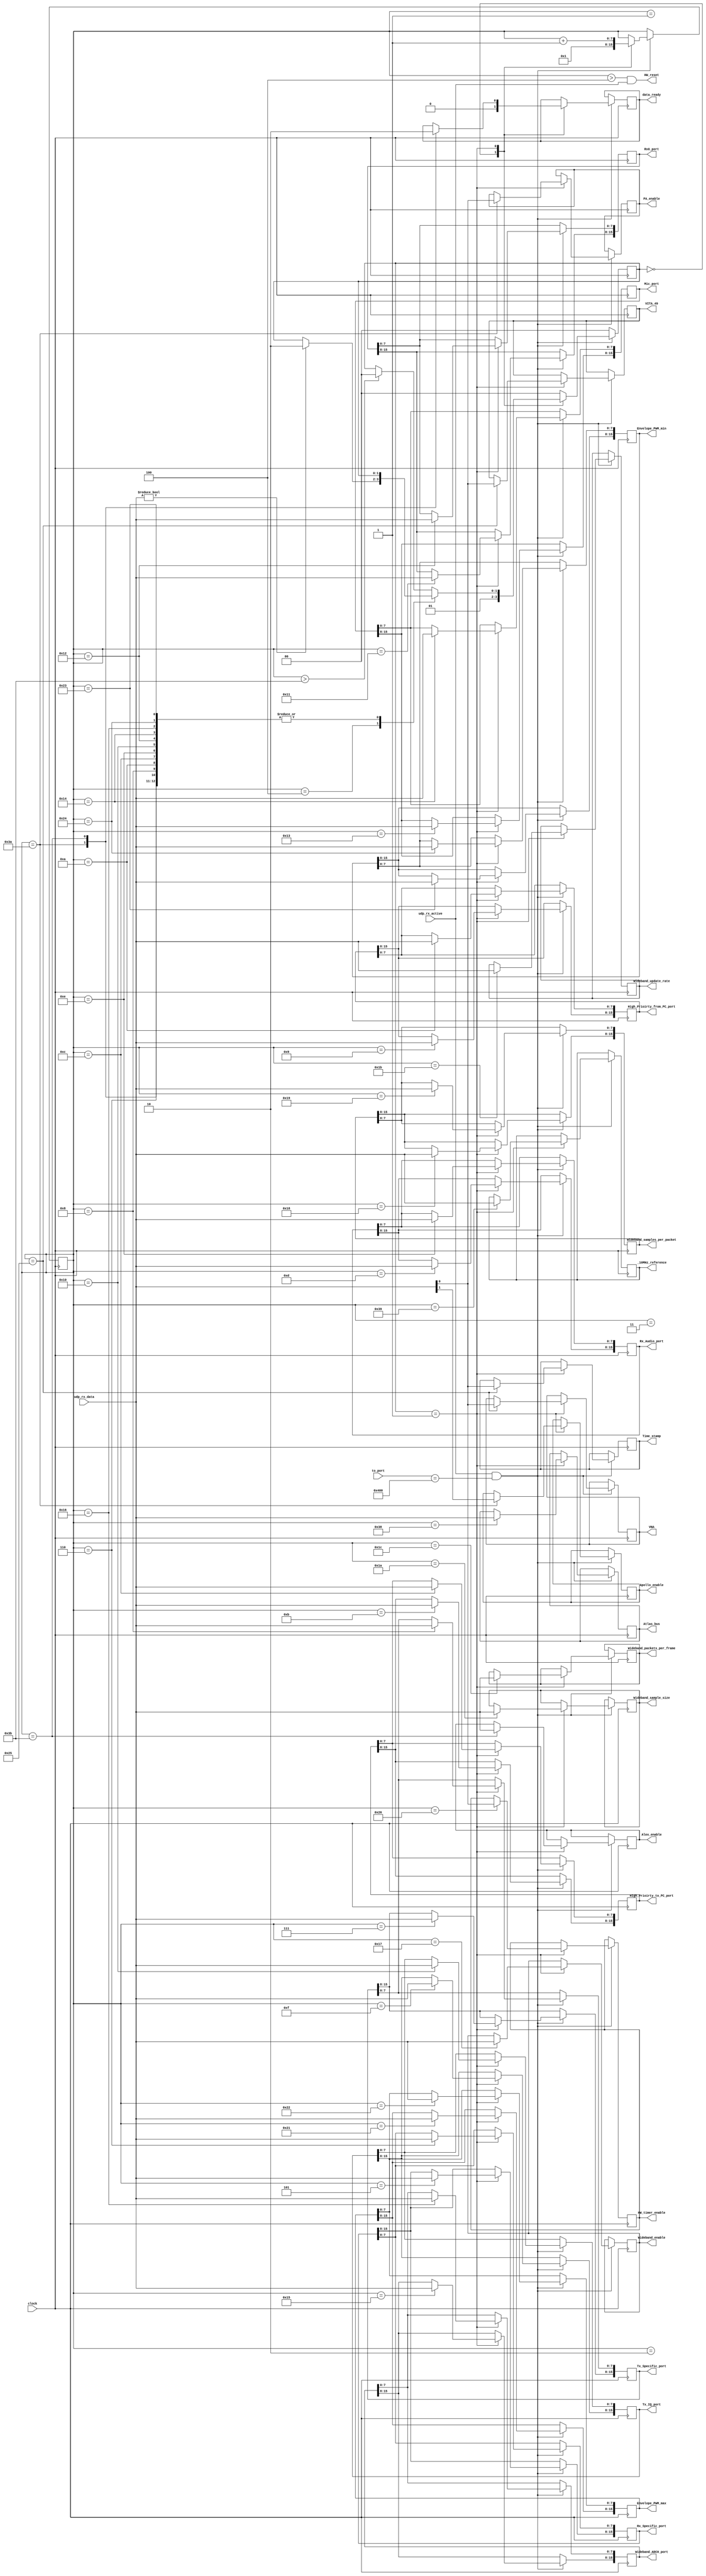
//-----------------------------------------------------------------------------
//                          General_CC.v
//-----------------------------------------------------------------------------

//
//  HPSDR - High Performance Software Defined Radio
//
//  
//  This program is free software; you can redistribute it and/or modify
//  it under the terms of the GNU General Public License as published by
//  the Free Software Foundation; either version 2 of the License, or
//  (at your option) any later version.
//
//  This program is distributed in the hope that it will be useful,
//  but WITHOUT ANY WARRANTY; without even the implied warranty of
//  MERCHANTABILITY or FITNESS FOR A PARTICULAR PURPOSE.  See the
//  GNU General Public License for more details.
//
//  You should have received a copy of the GNU General Public License
//  along with this program; if not, write to the Free Software
//  Foundation, Inc., 59 Temple Place, Suite 330, Boston, MA  02111-1307  USA


//  Copyright 2010, 2011, 2012, 2013, 2014  Phil Harman VK6(A)PH

// ***** need to check sequence error 

/*
	The maximum payload length in a UDP frame is 1444 bytes (without fragmentation).
	We use 4 bytes to hold the sequency number so 1440 bytes are avaialble for data.
	In which case we count the frame from 0 to 1443.
	
	When the code detects that the frame is for the C&C port (1033) then the MSB
	of the sequence number is received.  We then read the next 3 bytes to complete the 
	sequence number.  Hence at the end of the sequence number the byte_number is 2.
	
	
*/


module General_CC 
			( 	
				input clock,
				input [15:0] to_port,
				input udp_rx_active,
				input [7:0] udp_rx_data,
			   output reg [15:0] Rx_Specific_port,
				output reg [15:0] Tx_Specific_port,
				output reg [15:0] High_Prioirty_from_PC_port,
				output reg [15:0] High_Prioirty_to_PC_port,			
				output reg [15:0] Rx_Audio_port,
				output reg [15:0] Tx_IQ_port,
				output reg [15:0] Rx0_port,
				output reg [15:0] Mic_port,
				output reg [15:0] Wideband_ADC0_port,
				output reg [7:0]  Wideband_enable,
				output reg [15:0] Wideband_samples_per_packet,				
				output reg [7:0]  Wideband_sample_size,
				output reg [7:0]  Wideband_update_rate,
				output reg [7:0]  Wideband_packets_per_frame,
				output reg [15:0] Envelope_PWM_max,
				output reg [15:0] Envelope_PWM_min,
				output reg Time_stamp,
				output reg VITA_49,				
				output reg VNA,
				output reg [7:0]  Atlas_bus,
				output reg [7:0]  _10MHz_reference,
				output reg PA_enable,
				output reg Apollo_enable,	
				output reg [7:0] Alex_enable,			
				output reg data_ready,
				output HW_reset,
				output reg HW_timer_enable
			);
			
parameter port = 16'd1024;			

localparam 
				IDLE = 2'd0,
				PROCESS = 2'd1,
				END = 2'd2;
			
reg [31:0] CC_sequence_number;
reg [7:0] byte_number;
reg [1:0] state;

			
always @(posedge clock)
begin
  if (udp_rx_active && to_port == port)				// look for to_port = 1024
    case (state)
      IDLE:	
				begin
				byte_number <= 8'd1;
				data_ready <= 1'b0;
				CC_sequence_number[31:24] <= udp_rx_data;  //save MSB of sequence number
				state <= PROCESS;
				end 
			
		PROCESS:
			begin
				case (byte_number) 	//save balance of sequence number
						1: CC_sequence_number[23:16] <= udp_rx_data;
						2: CC_sequence_number[15:8] <= udp_rx_data; 				
						3: CC_sequence_number[7:0] <= udp_rx_data; 				
						4: if (udp_rx_data != 8'd0)  state <= END;	// not for this module	
						5: begin 
								Rx_Specific_port[15:8]  <= udp_rx_data;
							end 
						6: Rx_Specific_port [7:0]  <= udp_rx_data;
						7: Tx_Specific_port[15:8]  <= udp_rx_data;
					   8: Tx_Specific_port [7:0]  <= udp_rx_data;
					   9: High_Prioirty_from_PC_port[15:8]  <= udp_rx_data;
					  10: High_Prioirty_from_PC_port [7:0]  <= udp_rx_data;
					  11: High_Prioirty_to_PC_port[15:8]  	 <= udp_rx_data;
					  12: High_Prioirty_to_PC_port [7:0]    <= udp_rx_data;
					  13: Rx_Audio_port[15:8]  	<= udp_rx_data;
					  14: Rx_Audio_port [7:0]   	<= udp_rx_data;
					  15: Tx_IQ_port[15:8]  	 	<= udp_rx_data;
					  16: Tx_IQ_port [7:0]   	 	<= udp_rx_data;		
					  17: Rx0_port[15:8]  	 		<= udp_rx_data;
					  18: Rx0_port [7:0]   	 		<= udp_rx_data;
					  19: Mic_port[15:8]  	 		<= udp_rx_data;
					  20: Mic_port [7:0]   	 		<= udp_rx_data;
					  21: Wideband_ADC0_port[15:8] <= udp_rx_data;
					  22: Wideband_ADC0_port [7:0] <= udp_rx_data;
					  23: Wideband_enable         <= udp_rx_data;
					  24: Wideband_samples_per_packet[15:8] <= udp_rx_data;
					  25: Wideband_samples_per_packet [7:0] <= udp_rx_data;
					  26: Wideband_sample_size [7:0]   	 	 <= udp_rx_data;					  
					  27: Wideband_update_rate [7:0]   	 	 <= udp_rx_data;
					  28: Wideband_packets_per_frame <= udp_rx_data; 

					  33: Envelope_PWM_max[15:8] <= udp_rx_data;
					  34: Envelope_PWM_max [7:0] <= udp_rx_data;		
					  35: Envelope_PWM_min[15:8] <= udp_rx_data;
					  36: Envelope_PWM_min [7:0] <= udp_rx_data;	
					  37: begin 
								Time_stamp	 <= udp_rx_data[0]; 
								VITA_49		 <= udp_rx_data[0];
								VNA			 <= udp_rx_data[0];
							end 
					  38: HW_timer_enable  <= udp_rx_data[0];
						
					  56: Atlas_bus <= udp_rx_data;
					  57: _10MHz_reference <=  udp_rx_data;
					  58: begin
								PA_enable 		<= udp_rx_data[0];
								Apollo_enable 	<= udp_rx_data[1]; 
								data_ready 		<= 1'b1;
							end 
					  59: begin	
								Alex_enable 	<= udp_rx_data;
								data_ready 		<= 1'b0;
							end 
									  
			   default: if (byte_number > 8'd59) state <= IDLE; 
			   endcase  
		  
				byte_number <= byte_number + 8'd1;
			end
		END: state <= IDLE;
		default: state <= IDLE;
		endcase 
	else state <= IDLE;	

end		

// inhibit HW_reset if Ethernet data stops 
assign HW_reset = (byte_number > 8'd4  && udp_rx_active);
			
endmodule